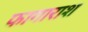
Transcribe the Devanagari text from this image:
फागाराश